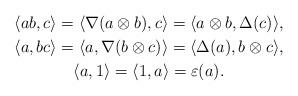
LaTeX: \begin{gather*} \langle ab, c \rangle = \langle \nabla(a \otimes b), c \rangle = \langle a \otimes b, \Delta(c) \rangle,\\ \langle a, bc \rangle = \langle a, \nabla(b \otimes c) \rangle = \langle \Delta(a), b \otimes c \rangle,\\ \langle a, 1 \rangle = \langle 1, a \rangle = \varepsilon(a).\end{gather*}